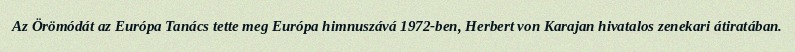
Az Örömódát az Európa Tanács tette meg Európa himnuszává 1972-ben, Herbert von Karajan hivatalos zenekari átiratában.